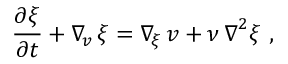
\frac { \partial \boldsymbol \xi } { \partial t } + \boldsymbol \nabla _ { \! \boldsymbol v } \, \boldsymbol \xi = \boldsymbol \nabla _ { \! \boldsymbol \xi } \, \boldsymbol v + \nu \, \boldsymbol \nabla ^ { 2 } \boldsymbol \xi \ ,